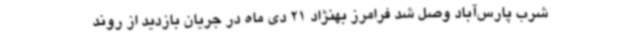
شرب پارس‌آباد وصل شد فرامرز بهنژاد 21 دی ماه در جریان بازدید از روند